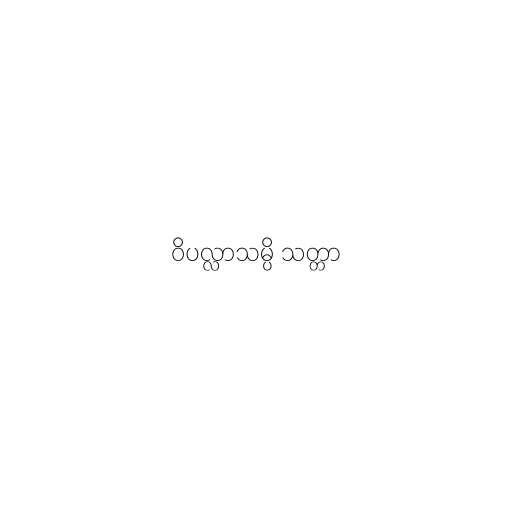
ဝိပလ္လာသမ္ပိ သတ္တာ